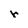
Character: r